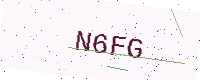
Text: N6FG